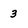
Character: 3